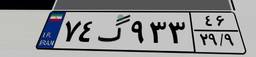
۷۴گ۹۳۳۴۶